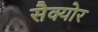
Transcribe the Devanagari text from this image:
सैक्योर